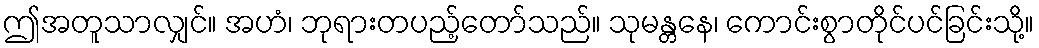
ဤအတူသာလျှင်။ အဟံ၊ ဘုရားတပည့်တော်သည်။ သုမန္တနေ၊ ကောင်းစွာတိုင်ပင်ခြင်းသို့။